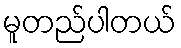
မူတည်ပါတယ်